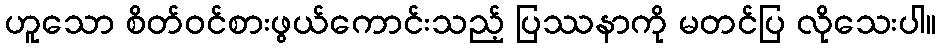
ဟူသော စိတ်ဝင်စားဖွယ်ကောင်းသည့် ပြဿနာကို မတင်ပြ လိုသေးပါ။